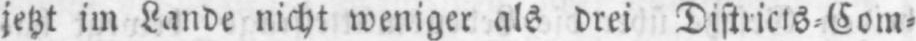
jetzt im Lande nicht weniger als drei Districts⸗Com⸗